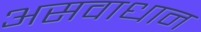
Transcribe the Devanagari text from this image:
असवाधान